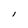
Character: l